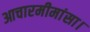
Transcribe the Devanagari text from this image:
आचारमीमांसा।